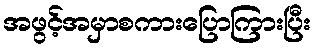
အဖွင့်အမှာစကားပြောကြားပြီး